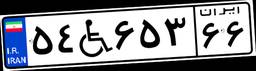
۲۱W۰۸۲۱۲